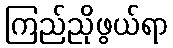
ကြည်ညိုဖွယ်ရာ